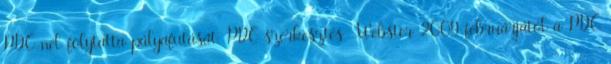
PDC-nél folytatta pályafutását. PDC szerkesztés Webster 2009 februárjától a PDC